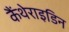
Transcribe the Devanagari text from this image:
कैंथेराइडिन